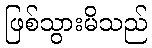
ဖြစ်သွားမိသည်